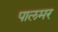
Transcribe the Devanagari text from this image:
पालमर